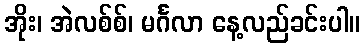
အိုး၊ အဲလစ်စ်၊ မင်္ဂလာ နေ့လည်ခင်းပါ။